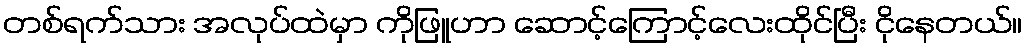
တစ်ရက်သား အလုပ်ထဲမှာ ကိုဖြူဟာ ဆောင့်ကြောင့်လေးထိုင်ပြီး ငိုနေတယ်။